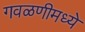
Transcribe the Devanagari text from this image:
गवळणीमध्ये